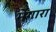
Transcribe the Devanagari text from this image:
मेगारा